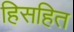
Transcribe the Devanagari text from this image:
हिसहित